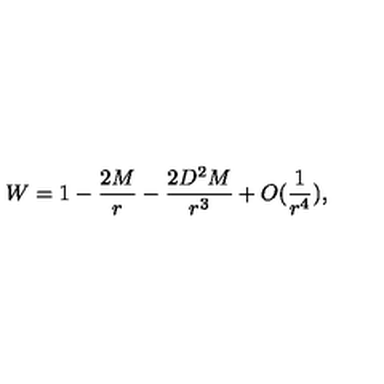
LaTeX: W = 1 - \frac { 2 M } { r } - \frac { 2 D ^ { 2 } M } { r ^ { 3 } } + O ( \frac { 1 } { r ^ { 4 } } ) ,